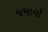
જમાવો